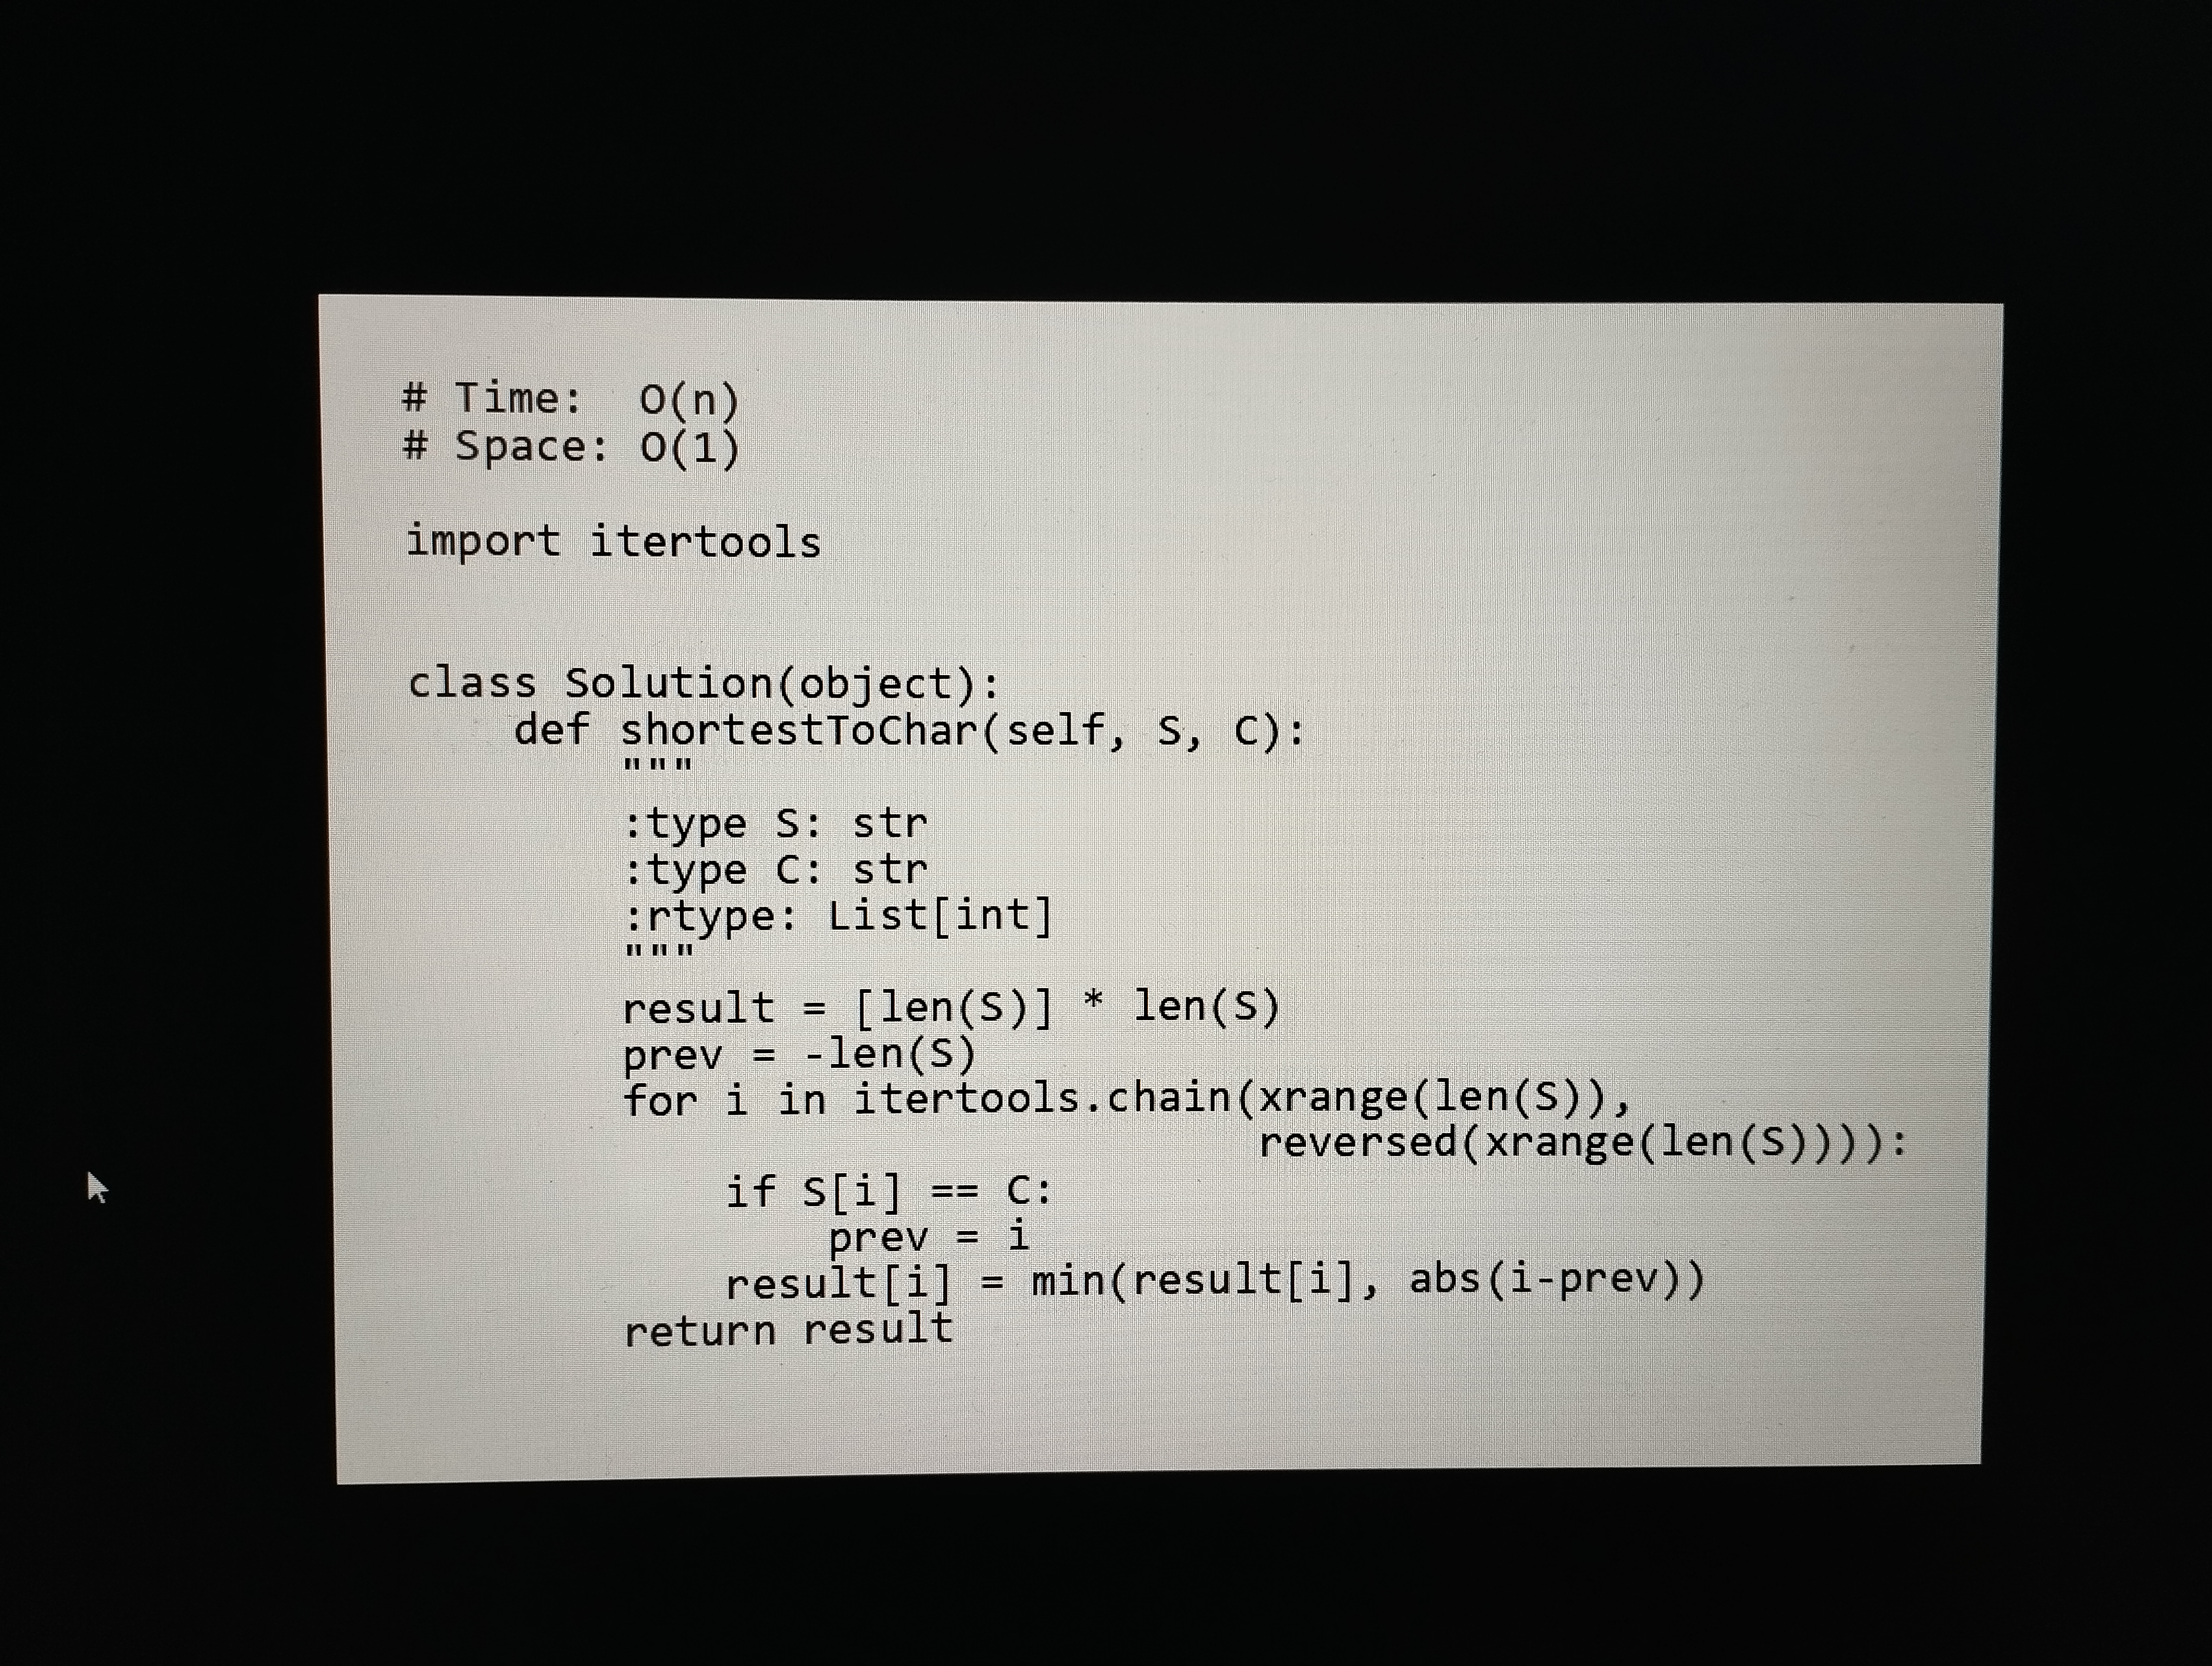
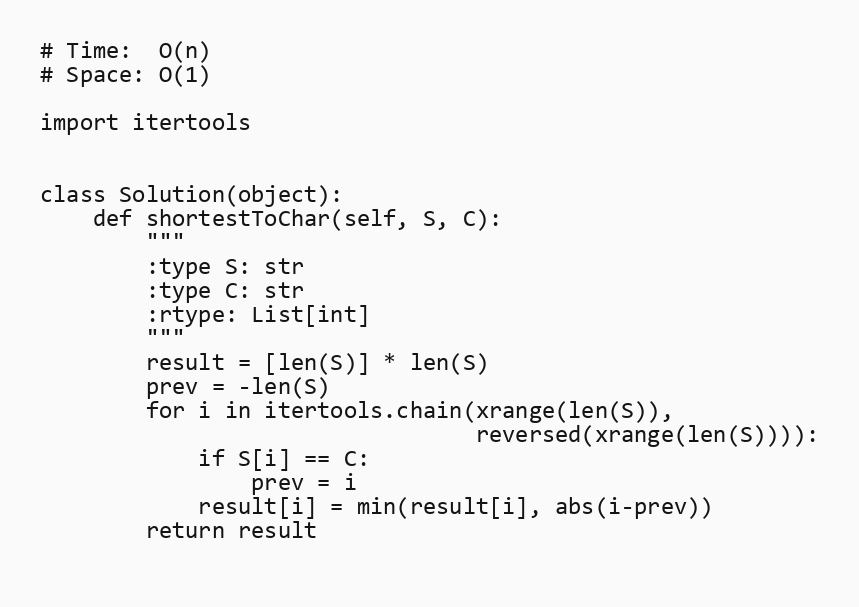
# Time:  O(n)
# Space: O(1)

import itertools

class Solution(object):
    def shortestToChar(self, S, C):
        """
        :type S: str
        :type C: str
        :rtype: List[int]
        """
        result = [len(S)] * len(S)
        prev = -len(S)
        for i in itertools.chain(xrange(len(S)),
                                 reversed(xrange(len(S)))):
            if S[i] == C:
                prev = i
            result[i] = min(result[i], abs(i-prev))
        return result